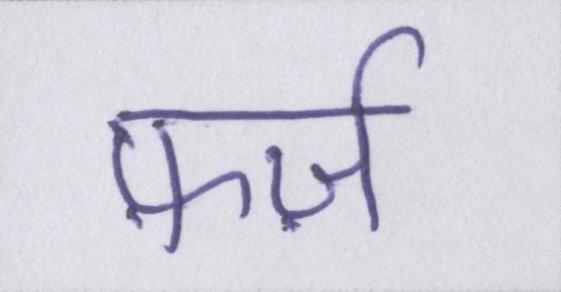
फ़र्ज़